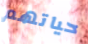
حياتهم